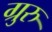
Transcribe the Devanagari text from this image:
ग्रुरु